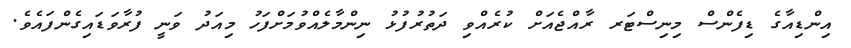
އިންޑިއާގެ ޑިފެންސް މިނިސްޓަރ ރާއްޖެއަށް ކުރެއްވި ދަތުރުފުޅު ނިންމާލެއްވުމަށްފަހު މިއަދު ވަނީ ފުރާވަޑައިގެންފައެވެ.